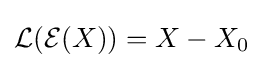
{\mathcal {L}}({\mathcal {E}}(X))=X-X_{0}